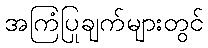
အကြံပြုချက်များတွင်